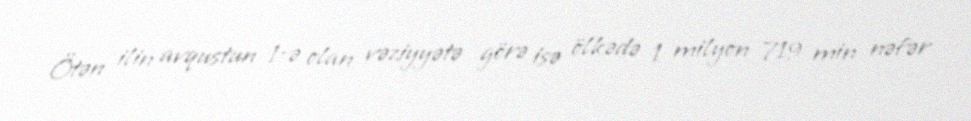
Ötən ilin avqustun 1-ə olan vəziyyətə görə isə ölkədə 1 milyon 719 min nəfər